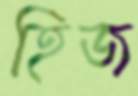
হিজ